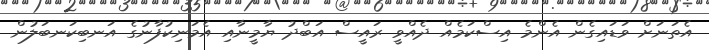
އެތަނަށް ވަޑައިގެން އެންމެ އިސްކަމެއް ދެއްވީ ރައީސް އަބްދު ޔާމީނާއި އެމަނިކުފާނުގެ އަނބިކަނބަލުން